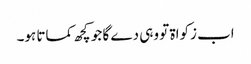
اب زکواۃ تو وہی دے گا جو کچھ کماتا ہو۔